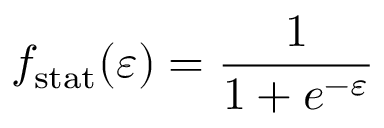
f _ { \mathrm { s t a t } } ( \varepsilon ) = \frac 1 { 1 + e ^ { - \varepsilon } }